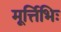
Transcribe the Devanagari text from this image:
मूर्त्तिभिः